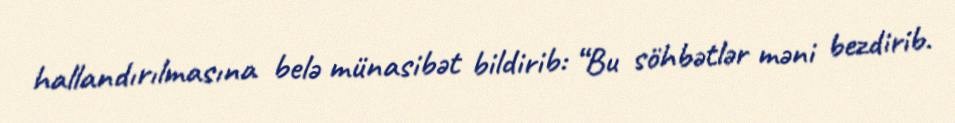
hallandırılmasına belə münasibət bildirib: “Bu söhbətlər məni bezdirib.